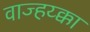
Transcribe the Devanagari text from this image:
वाज्हय्क्का